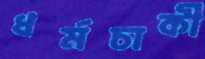
ধর্মচাকী